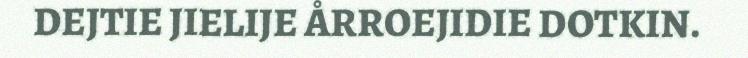
DEJTIE JIELIJE ÅRROEJIDIE DOTKIN.